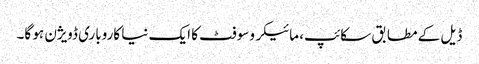
ڈیل کے مطابق سکائپ، مائیکروسوفٹ کا ایک نیا کاروباری ڈویژن ہو گا۔